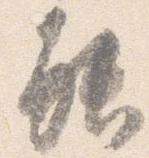
能